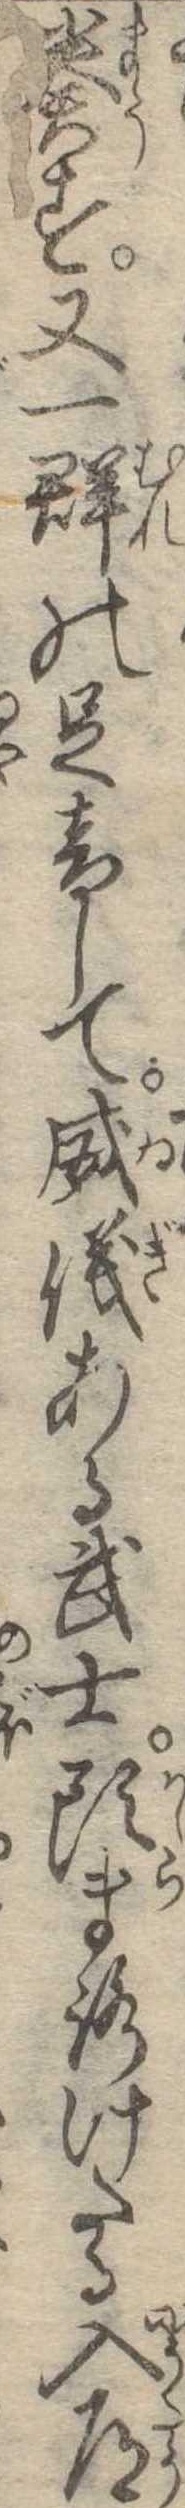
奏す又一群の足音して威儀ある武士頭まろげたる入道